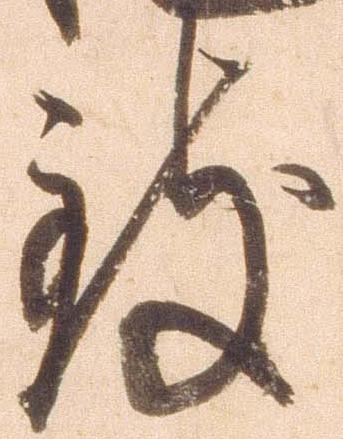
致